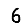
Digit: 6